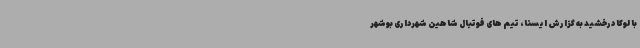
با لوکا درخشید به گزارش ایسنا، تیم های فوتبال شاهین شهرداری بوشهر